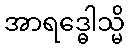
အာရဒ္ဓေါသ္မိ